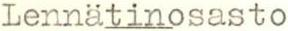
Lennätinosasto